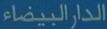
الدارالبيضاء